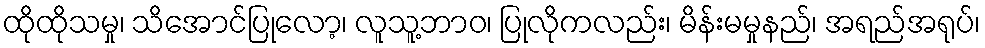
ထိုထိုသမှု၊ သိအောင်ပြုလော့၊ လူသူ့ဘာဝ၊ ပြုလိုကလည်း၊ မိန်းမမှုနည်၊ အရည်အရုပ်၊